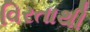
વિરતાથી